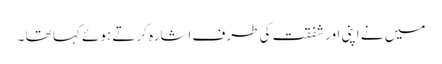
میں نے اپنی اور شفقت کی طرف اشارہ کرتے ہوئے کہا تھا ۔